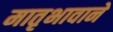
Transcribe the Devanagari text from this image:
मातृभावाने